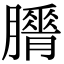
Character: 𦢕